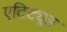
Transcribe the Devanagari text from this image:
एटिट्यूड